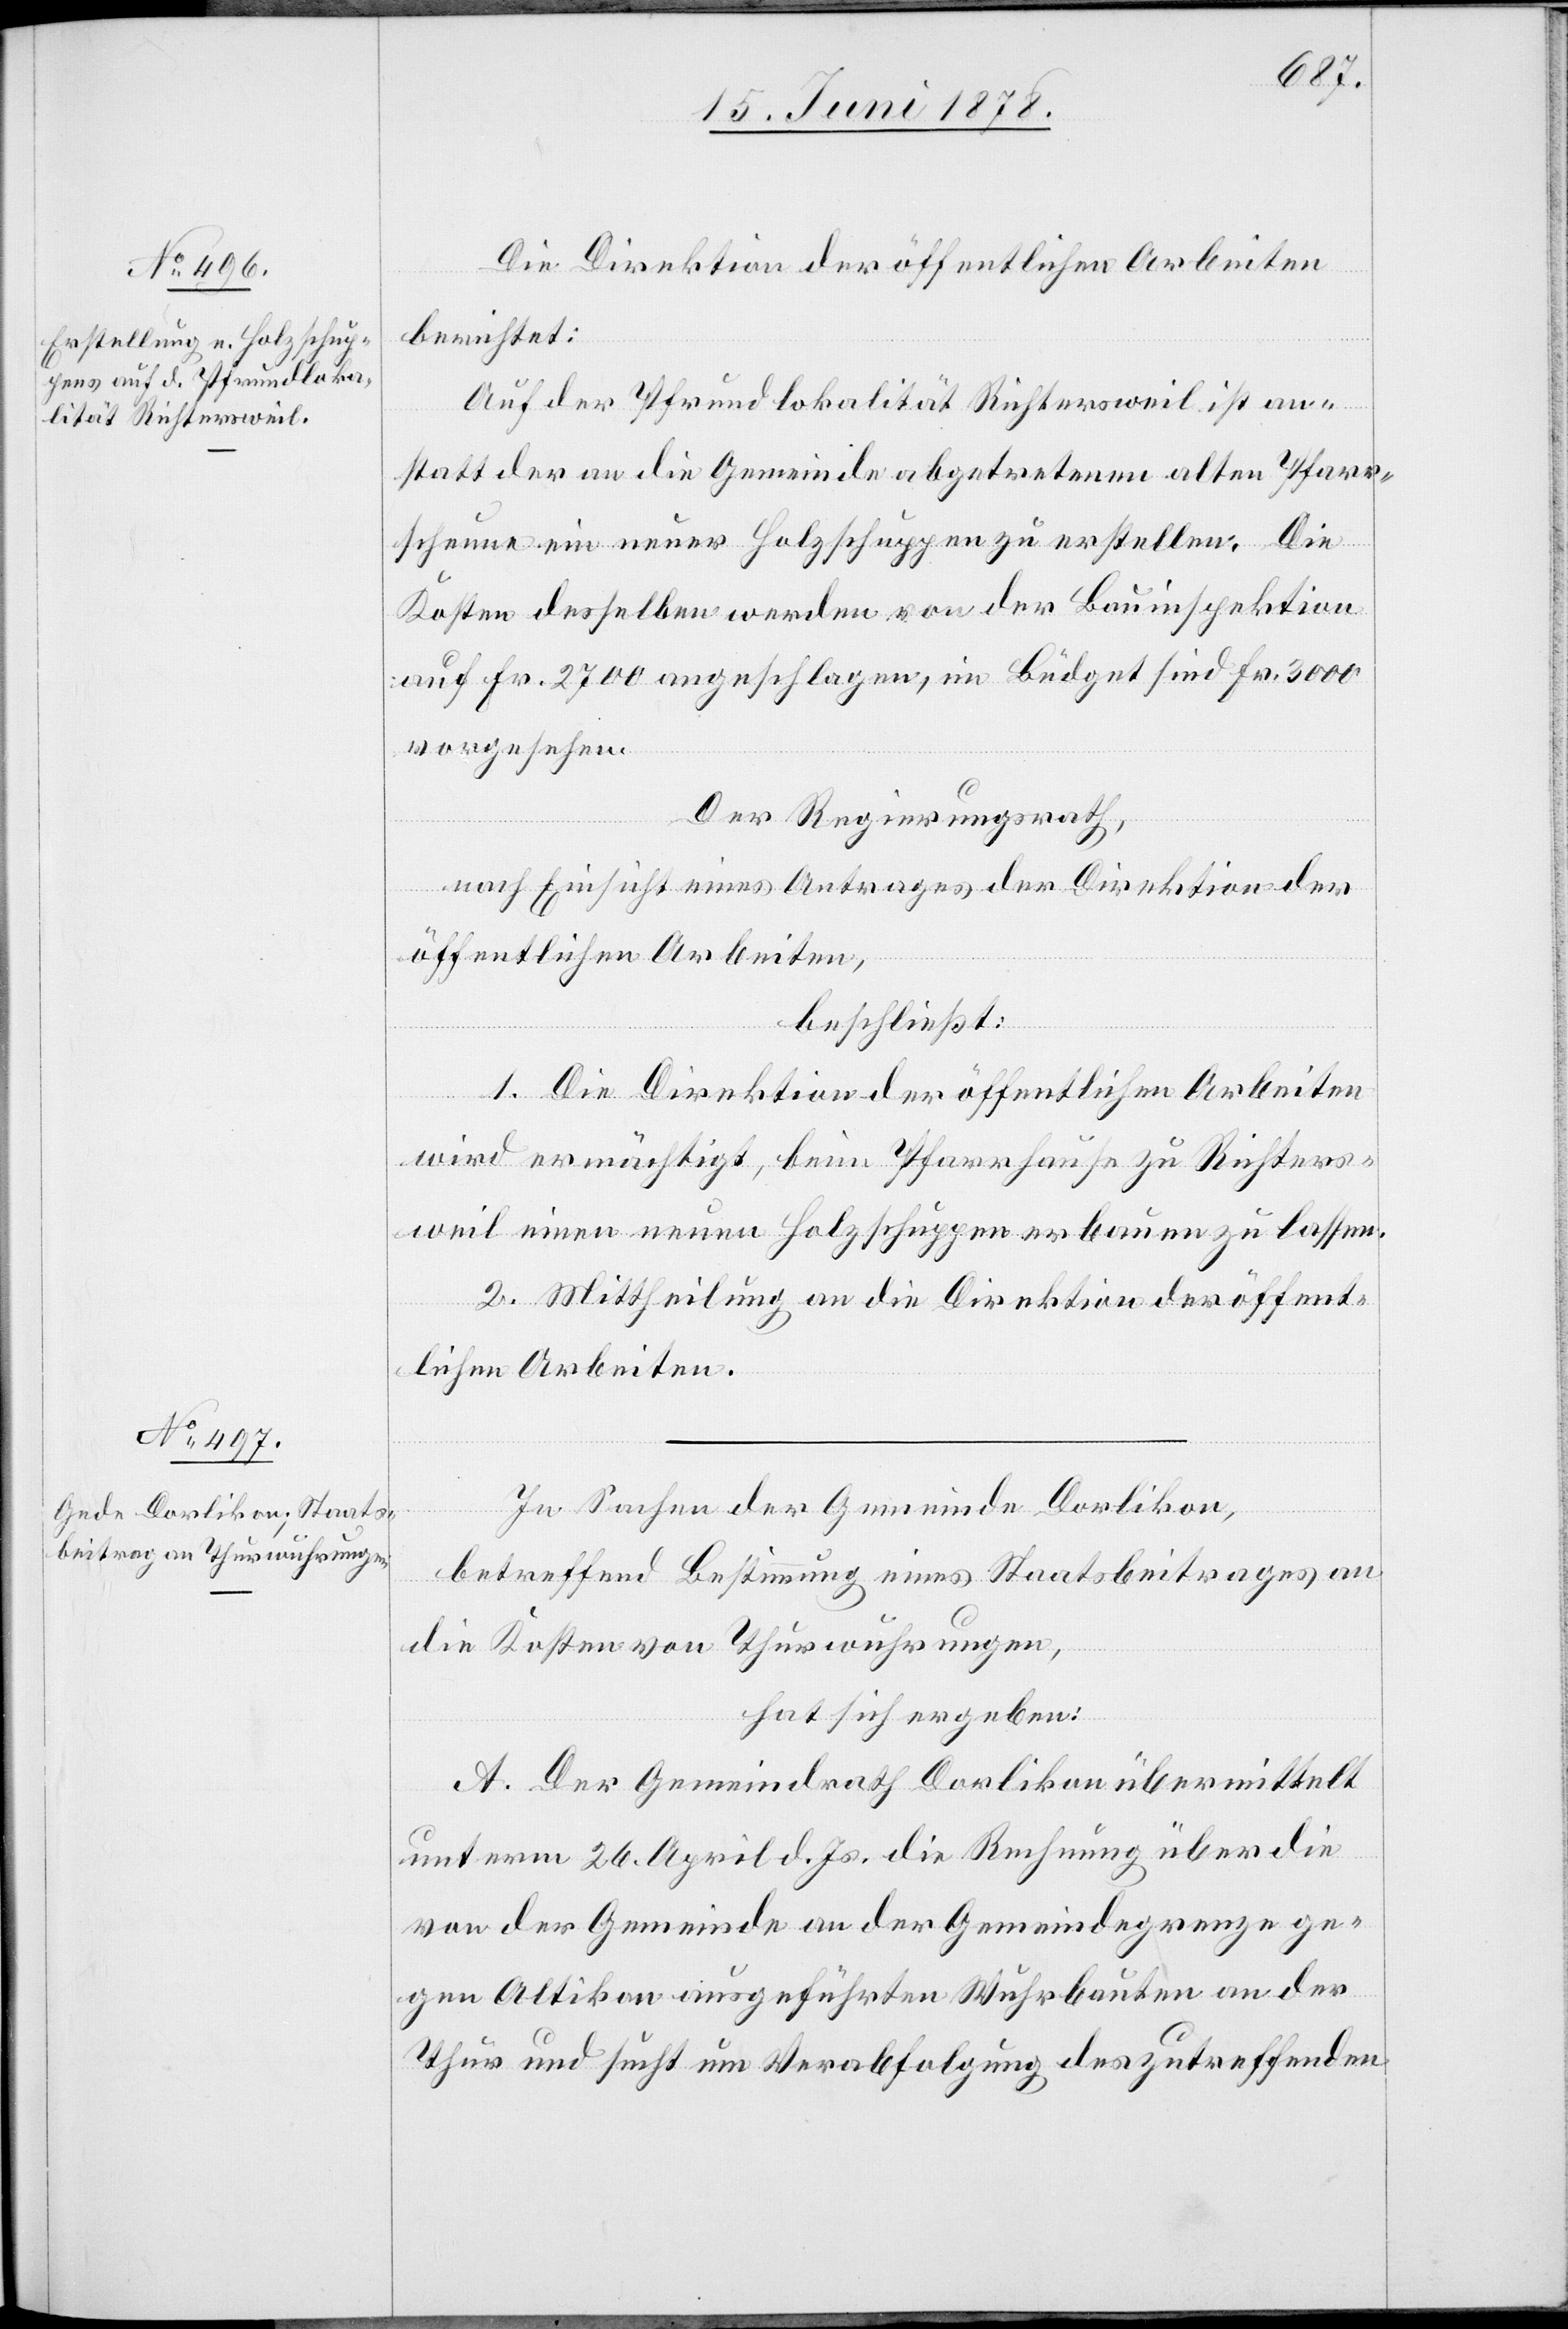
Die Direktion der öffentlichen Arbeiten
berichtet:
Auf der Pfrundlokalität Richtersweil ist an¬
statt der an die Gemeinde abgetretenen alten Pfarr¬
scheune ein neuer Holzschuppen zu erstellen. Die
Kosten desselben werden von der Bauinspektion
auf Fr. 2700 angeschlagen, im Büdget sind Fr. 3000
vorgesehen.
Der Regierungsrath,
nach Einsicht eines Antrages der Direktion der
öffentlichen Arbeiten,
beschließt:
1. Die Direktion der öffentlichen Arbeiten
wird ermächtigt, beim Pfarrhause zu Richters¬
weil einen neuen Holzschuppen erbauen zu lassen.
2. Mittheilung an die Direktion der öffent¬
lichen Arbeiten.
In Sachen der Gemeinde Dorlikon,
betreffend Bestimmung eines Staatsbeitrages an
die Kosten von Thurwuhrungen,
hat sich ergeben:
A. Der Gemeindrath Dorlikon übermittelt
unterm 26. April d. Js. die Rechnung über die
von der Gemeinde an der Gemeindegrenze ge¬
gen Altikon ausgeführten Wuhrbauten an der
Thur und sucht um Verabfolgung des zutreffenden